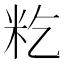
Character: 籺